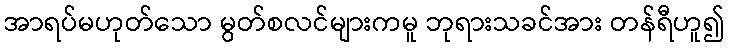
အာရပ်မဟုတ်သော မွတ်စလင်များကမူ ဘုရားသခင်အား တန်ရီဟူ၍